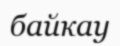
байкау